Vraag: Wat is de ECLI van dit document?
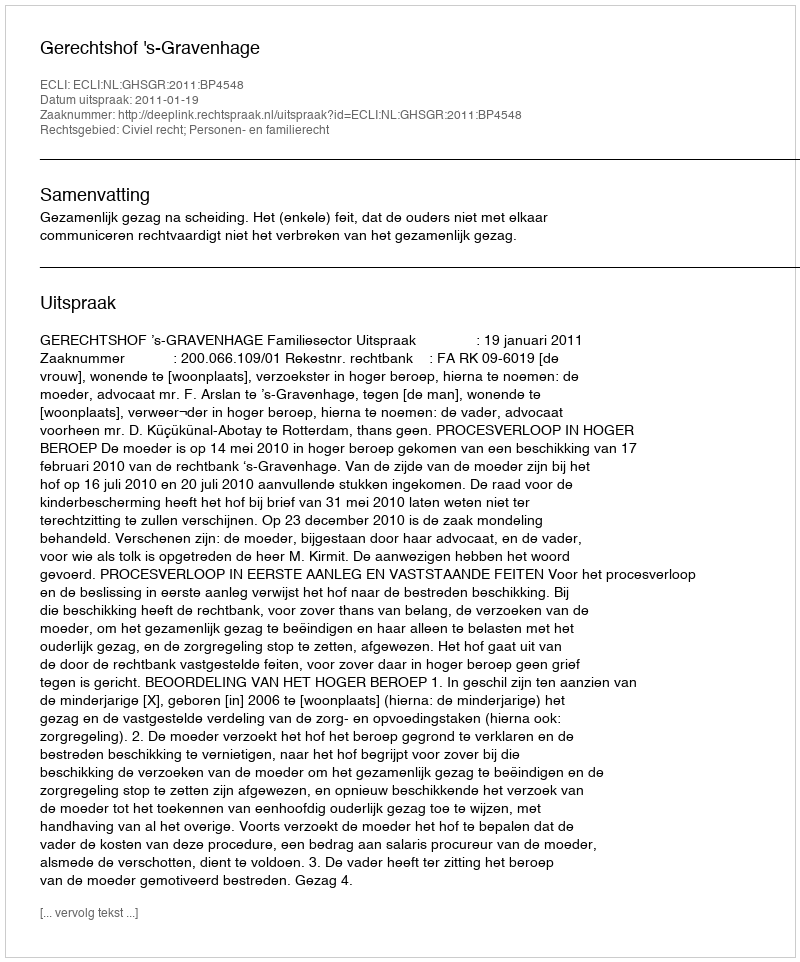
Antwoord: ECLI:NL:GHSGR:2011:BP4548